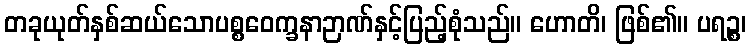
တခုယုတ်နှစ်ဆယ်သောပစ္စဝေက္ခနာဉာဏ်နှင့်ပြည့်စုံသည်။ ဟောတိ၊ ဖြစ်၏။ ပရဉ္စ၊